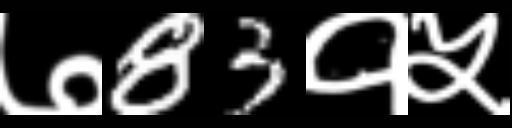
Text: ७83१५